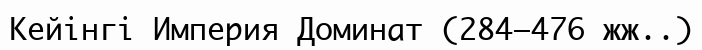
Кейінгі Империя Доминат (284—476 жж..)